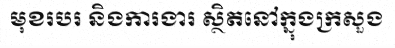
មុខរបរ និងការងារ ស្ថិតនៅក្នុងក្រសួង